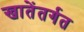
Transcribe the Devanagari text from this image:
खातेंतर्गत